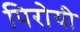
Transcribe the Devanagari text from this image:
पिरोयी